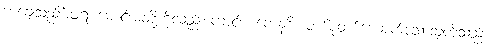
ကချေသည်မိဖုရားမောင်းမတို့ကိုလည်းကောင်း။ ကေနစိ၊ တစ်စုံတစ်ယောက်သောသူတို့သည်။